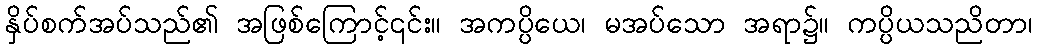
နှိပ်စက်အပ်သည်၏ အဖြစ်ကြောင့်၎င်း။ အကပ္ပိယေ၊ မအပ်သော အရာ၌။ ကပ္ပိယသညိတာ၊